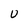
Character: U